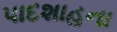
પાદશાહના